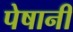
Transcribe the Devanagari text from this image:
पेषानी